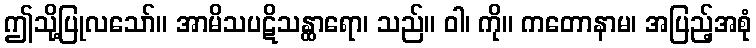
ဤသို့ပြုလသော်။ အာမိသပဋိသန္ထာရော၊ သည်။ ဝါ၊ ကို။ ကတောနာမ၊ အပြည့်အစုံ